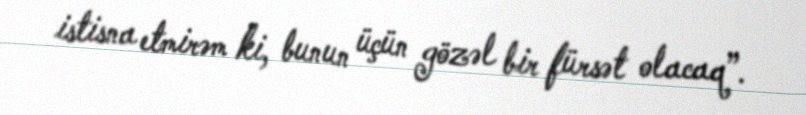
istisna etmirəm ki, bunun üçün gözəl bir fürsət olacaq”.